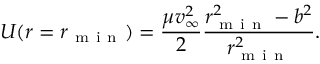
U ( r = r _ { \mathrm { ~ m ~ i ~ n ~ } } ) = \frac { \mu v _ { \infty } ^ { 2 } } { 2 } \frac { r _ { \mathrm { ~ m ~ i ~ n ~ } } ^ { 2 } - b ^ { 2 } } { r _ { \mathrm { ~ m ~ i ~ n ~ } } ^ { 2 } } .